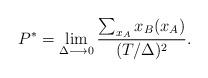
LaTeX: \begin{align*}P^* = \lim_{\Delta \longrightarrow 0} \dfrac{\sum_{x_A} x_B(x_A)}{(T/\Delta)^2}.\end{align*}